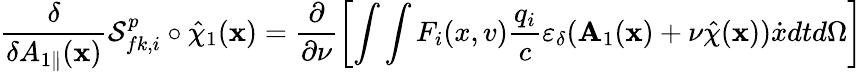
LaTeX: \frac{\delta}{\delta A_{1\parallel}(\textbf{x})}{\cal S}_{fk,i}^{p}\circ\hat{\chi}_{1}(\textbf{x})=\frac{\partial}{\partial\nu}\left[\int\int F_{i}(x,v)\frac{q_{i}}{c}\varepsilon_{\delta}(\textbf{A}_{1}(\textbf{x})+\nu\hat{\chi}(\textbf{x}))\dot{x}dtd\Omega\right]